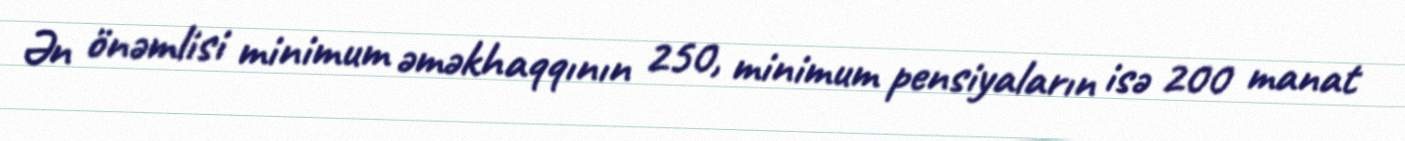
Ən önəmlisi minimum əməkhaqqının 250, minimum pensiyaların isə 200 manat